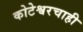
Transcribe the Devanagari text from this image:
कोटेश्वरचाही